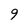
Character: 9